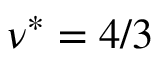
\nu ^ { * } = 4 / 3